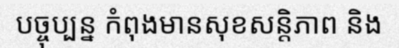
បច្ចុប្បន្ន កំពុងមានសុខសន្តិភាព និង